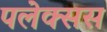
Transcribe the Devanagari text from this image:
पलेक्सस